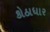
કોઠાધાર